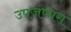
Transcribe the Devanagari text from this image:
उपजणारा